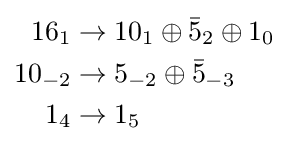
{\begin{aligned}16_{1}&\rightarrow 10_{1}\oplus {\bar {5}}_{2}\oplus 1_{0}\\10_{-2}&\rightarrow 5_{-2}\oplus {\bar {5}}_{-3}\\1_{4}&\rightarrow 1_{5}\end{aligned}}